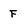
Character: F